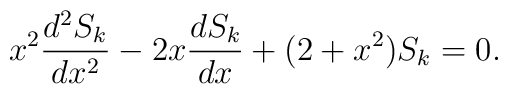
x^2\frac{d^2S_k}{dx^2}-2x\frac{dS_k}{dx}+(2+x^2)S_k=0.